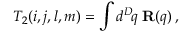
T _ { 2 } ( i , j , l , m ) = \int d ^ { D } \! q \, \, { \bf R } ( q ) \, ,